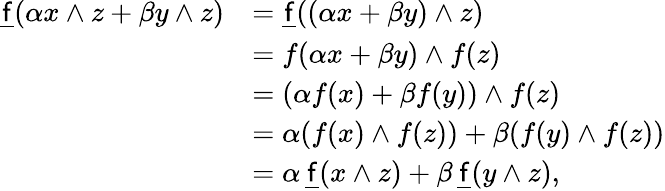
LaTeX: {\begin{array}{rl}{{\underline{{\mathsf{f}}}}(\alpha x\wedge z+\beta y\wedge z)}&{={\underline{{\mathsf{f}}}}((\alpha x+\beta y)\wedge z)}\\ &{=f(\alpha x+\beta y)\wedge f(z)}\\ &{=(\alpha f(x)+\beta f(y))\wedge f(z)}\\ &{=\alpha(f(x)\wedge f(z))+\beta(f(y)\wedge f(z))}\\ &{=\alpha\, {\underline{{\mathsf{f}}}}(x\wedge z)+\beta\, {\underline{{\mathsf{f}}}}(y\wedge z),}\end{array}}